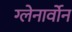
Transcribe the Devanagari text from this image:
ग्लेनार्वोन